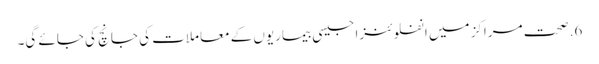
6. صحت مراکز میں انفلوئنزا جیسی بیماریوں کے معاملات کی جانچ کی جائے گی۔